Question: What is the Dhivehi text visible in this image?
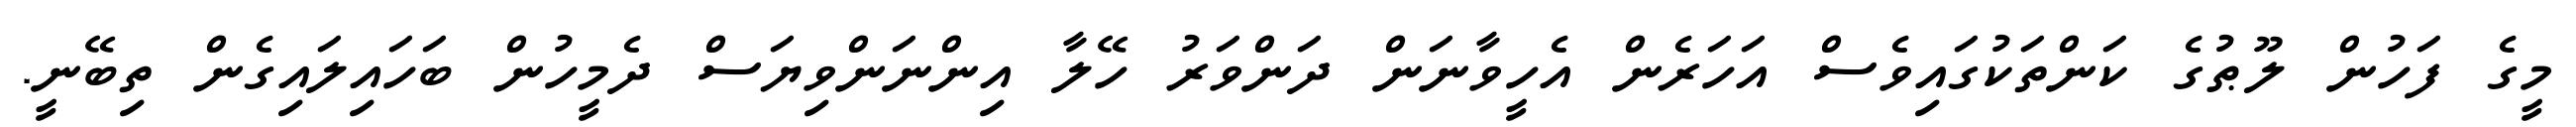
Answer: މީގެ ފަހުން ލޫޠުގެ ކަންތަކުގައިވެސް އަހަރެން އެހީވާނަން ދަންވަރު ހޭލާ އިންނަންވިޔަސް ދެމީހުން ބަހައިލައިގެން ތިބޭނީ.